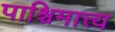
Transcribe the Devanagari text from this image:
पाश्चिमात्त्य